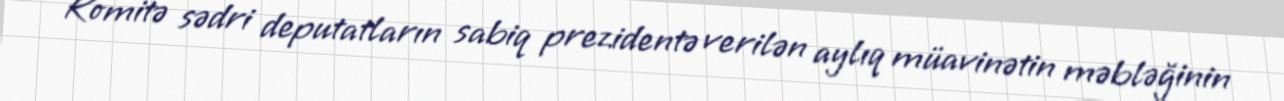
Komitə sədri deputatların sabiq prezidentə verilən aylıq müavinətin məbləğinin